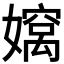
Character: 𫲄